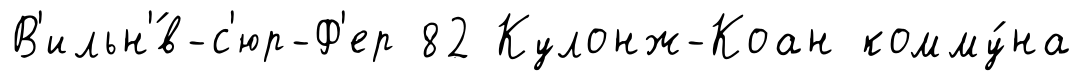
В'ильн'́в-с'юр-Ф'ер 82 Кулонж-Коан комму́на